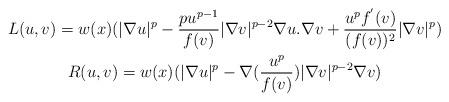
LaTeX: \begin{gather*}L(u,v)=w(x)(|\nabla{u}|^{p}-\frac{pu^{p-1}}{f(v)}|\nabla{v}|^{p-2}\nabla{u}.\nabla{v}+\frac{u^{p}f^{'}(v)}{(f(v))^{2}}|\nabla{v}|^{p})\\R(u,v)=w(x)(|\nabla{u}|^{p}-\nabla(\frac{u^p}{f(v)})|\nabla{v}|^{p-2}\nabla{v})\end{gather*}